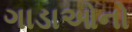
ગાડાઓનો